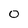
Character: 0